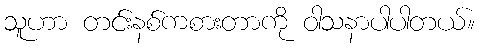
သူဟာ တင်းနစ်ကစားတာကို ဝါသနာပါပါတယ်။